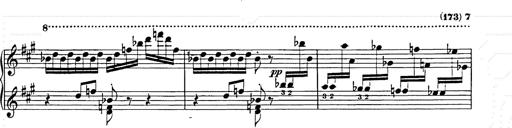
Title: Hungarian Rhapsody No.15
Composer: Franz Liszt
Key: A minor